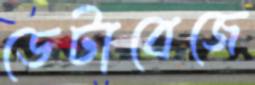
ডেটাবেজে